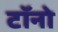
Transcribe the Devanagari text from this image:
टॉनो